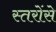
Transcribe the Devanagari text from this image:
स्तरोंसे